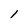
Character: I